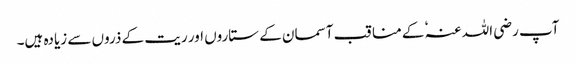
آپ رضی اللہ عنہٗ کے مناقب آسمان کے ستاروں اور ریت کے ذروں سے زیادہ ہیں۔